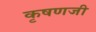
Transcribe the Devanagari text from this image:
कृषणजी